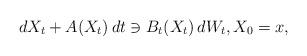
LaTeX: \begin{align*}dX_{t}+A(X_{t})\,dt\ni B_{t}(X_{t})\,dW_{t},X_{0}=x,\end{align*}